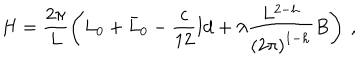
LaTeX: H = \frac { 2 \pi } { L } \left( L _ { 0 } + \bar { L } _ { 0 } - \frac { c } { 1 2 } { \mathrm { I d } } + \lambda \frac { L ^ { 2 - h } } { \left( 2 \pi \right) ^ { 1 - h } } B \right) \: ,